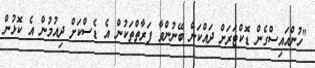
"ހުންއައިސްގެން ޑޮކްޓަރަށް ދައްކަން ބޭނުންވާ ފަރާތްތަކުން އެ ޑެސްކަށް ދިއުމުން އެ ކޮޅުން